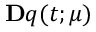
\ensuremath Ḋ \mathbf Ḋ q Ḍ Ḍ ( t ; \ensuremath Ḋ \boldsymbol Ḋ \mu Ḍ Ḍ )